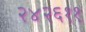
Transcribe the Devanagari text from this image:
२४२६११